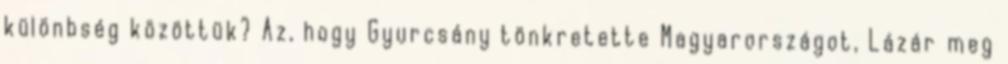
különbség közöttük? Az, hogy Gyurcsány tönkretette Magyarországot, Lázár meg